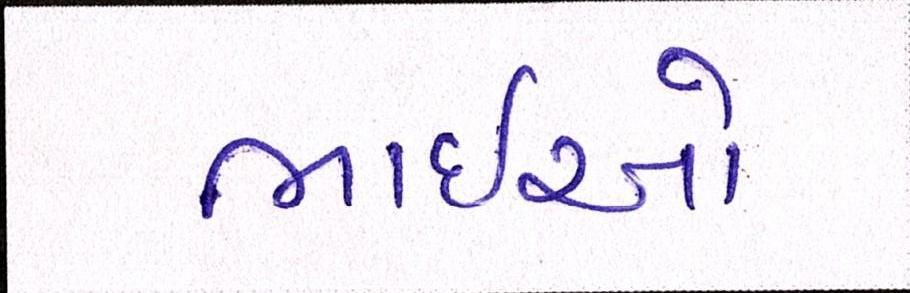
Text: ભાઈઓ